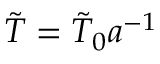
\tilde { T } = \tilde { T } _ { 0 } a ^ { - 1 }